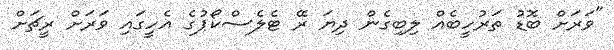
"ވަރަށް ބޮޑު ތަރުހީބެއް ލިބިގެން ދިޔަ ރޭ ޓެލެސްކޯޕުގެ އެހީގައި ވަރަށް ރީޗަށް